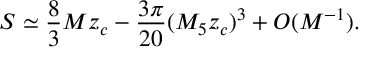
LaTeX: S \simeq \frac { 8 } { 3 } M z _ { c } - \frac { 3 \pi } { 2 0 } ( M _ { 5 } z _ { c } ) ^ { 3 } + O ( M ^ { - 1 } ) .